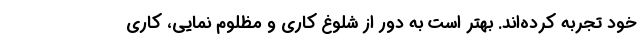
خود تجربه کرده‌اند. بهتر است به دور از شلوغ کاری و مظلوم نمایی، کاری